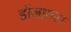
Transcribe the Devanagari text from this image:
डॉलफ़स